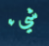
شيء